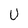
Character: U